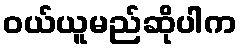
ဝယ်ယူမည်ဆိုပါက